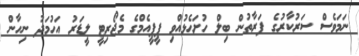
ނަމަވެސް ސަރުކާރުގެ ފަރާތުން ބިލް ހުށަހެޅުއްވި ޕީޕީއެމްގެ މެޖޯރިޓީ ލީޑަރު އަހުމަދު ނިހާން